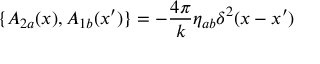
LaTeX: \{ A _ { 2 a } ( x ) , A _ { 1 b } ( x ^ { \prime } ) \} = - \frac { 4 \pi } { k } \eta _ { a b } \delta ^ { 2 } ( x - x ^ { \prime } )